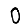
Digit: 0